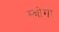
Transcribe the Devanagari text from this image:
म्बोगा